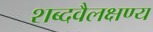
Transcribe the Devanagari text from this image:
शब्दवैलक्षण्य